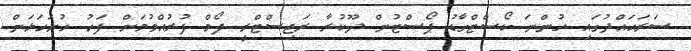
ސަރަޙައްދުގައި ހުންނަ ކޯސްޓްގާޑު ޕޯސްޓުން ދޫކުރާ ރަޖިސްޓްރީ ފޯމް ފުރުއްވުމަށް ފަހު ހުށަހަޅަން